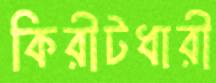
কিরীটধারী